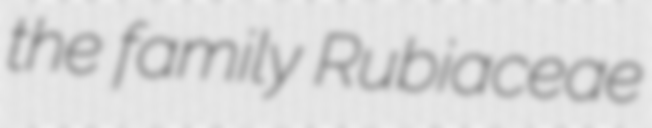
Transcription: the family Rubiaceae